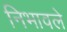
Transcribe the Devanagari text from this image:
निभावले